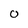
Character: 0